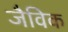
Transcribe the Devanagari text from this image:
जैविक